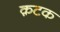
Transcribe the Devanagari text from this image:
क़टक